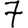
Digit: 7